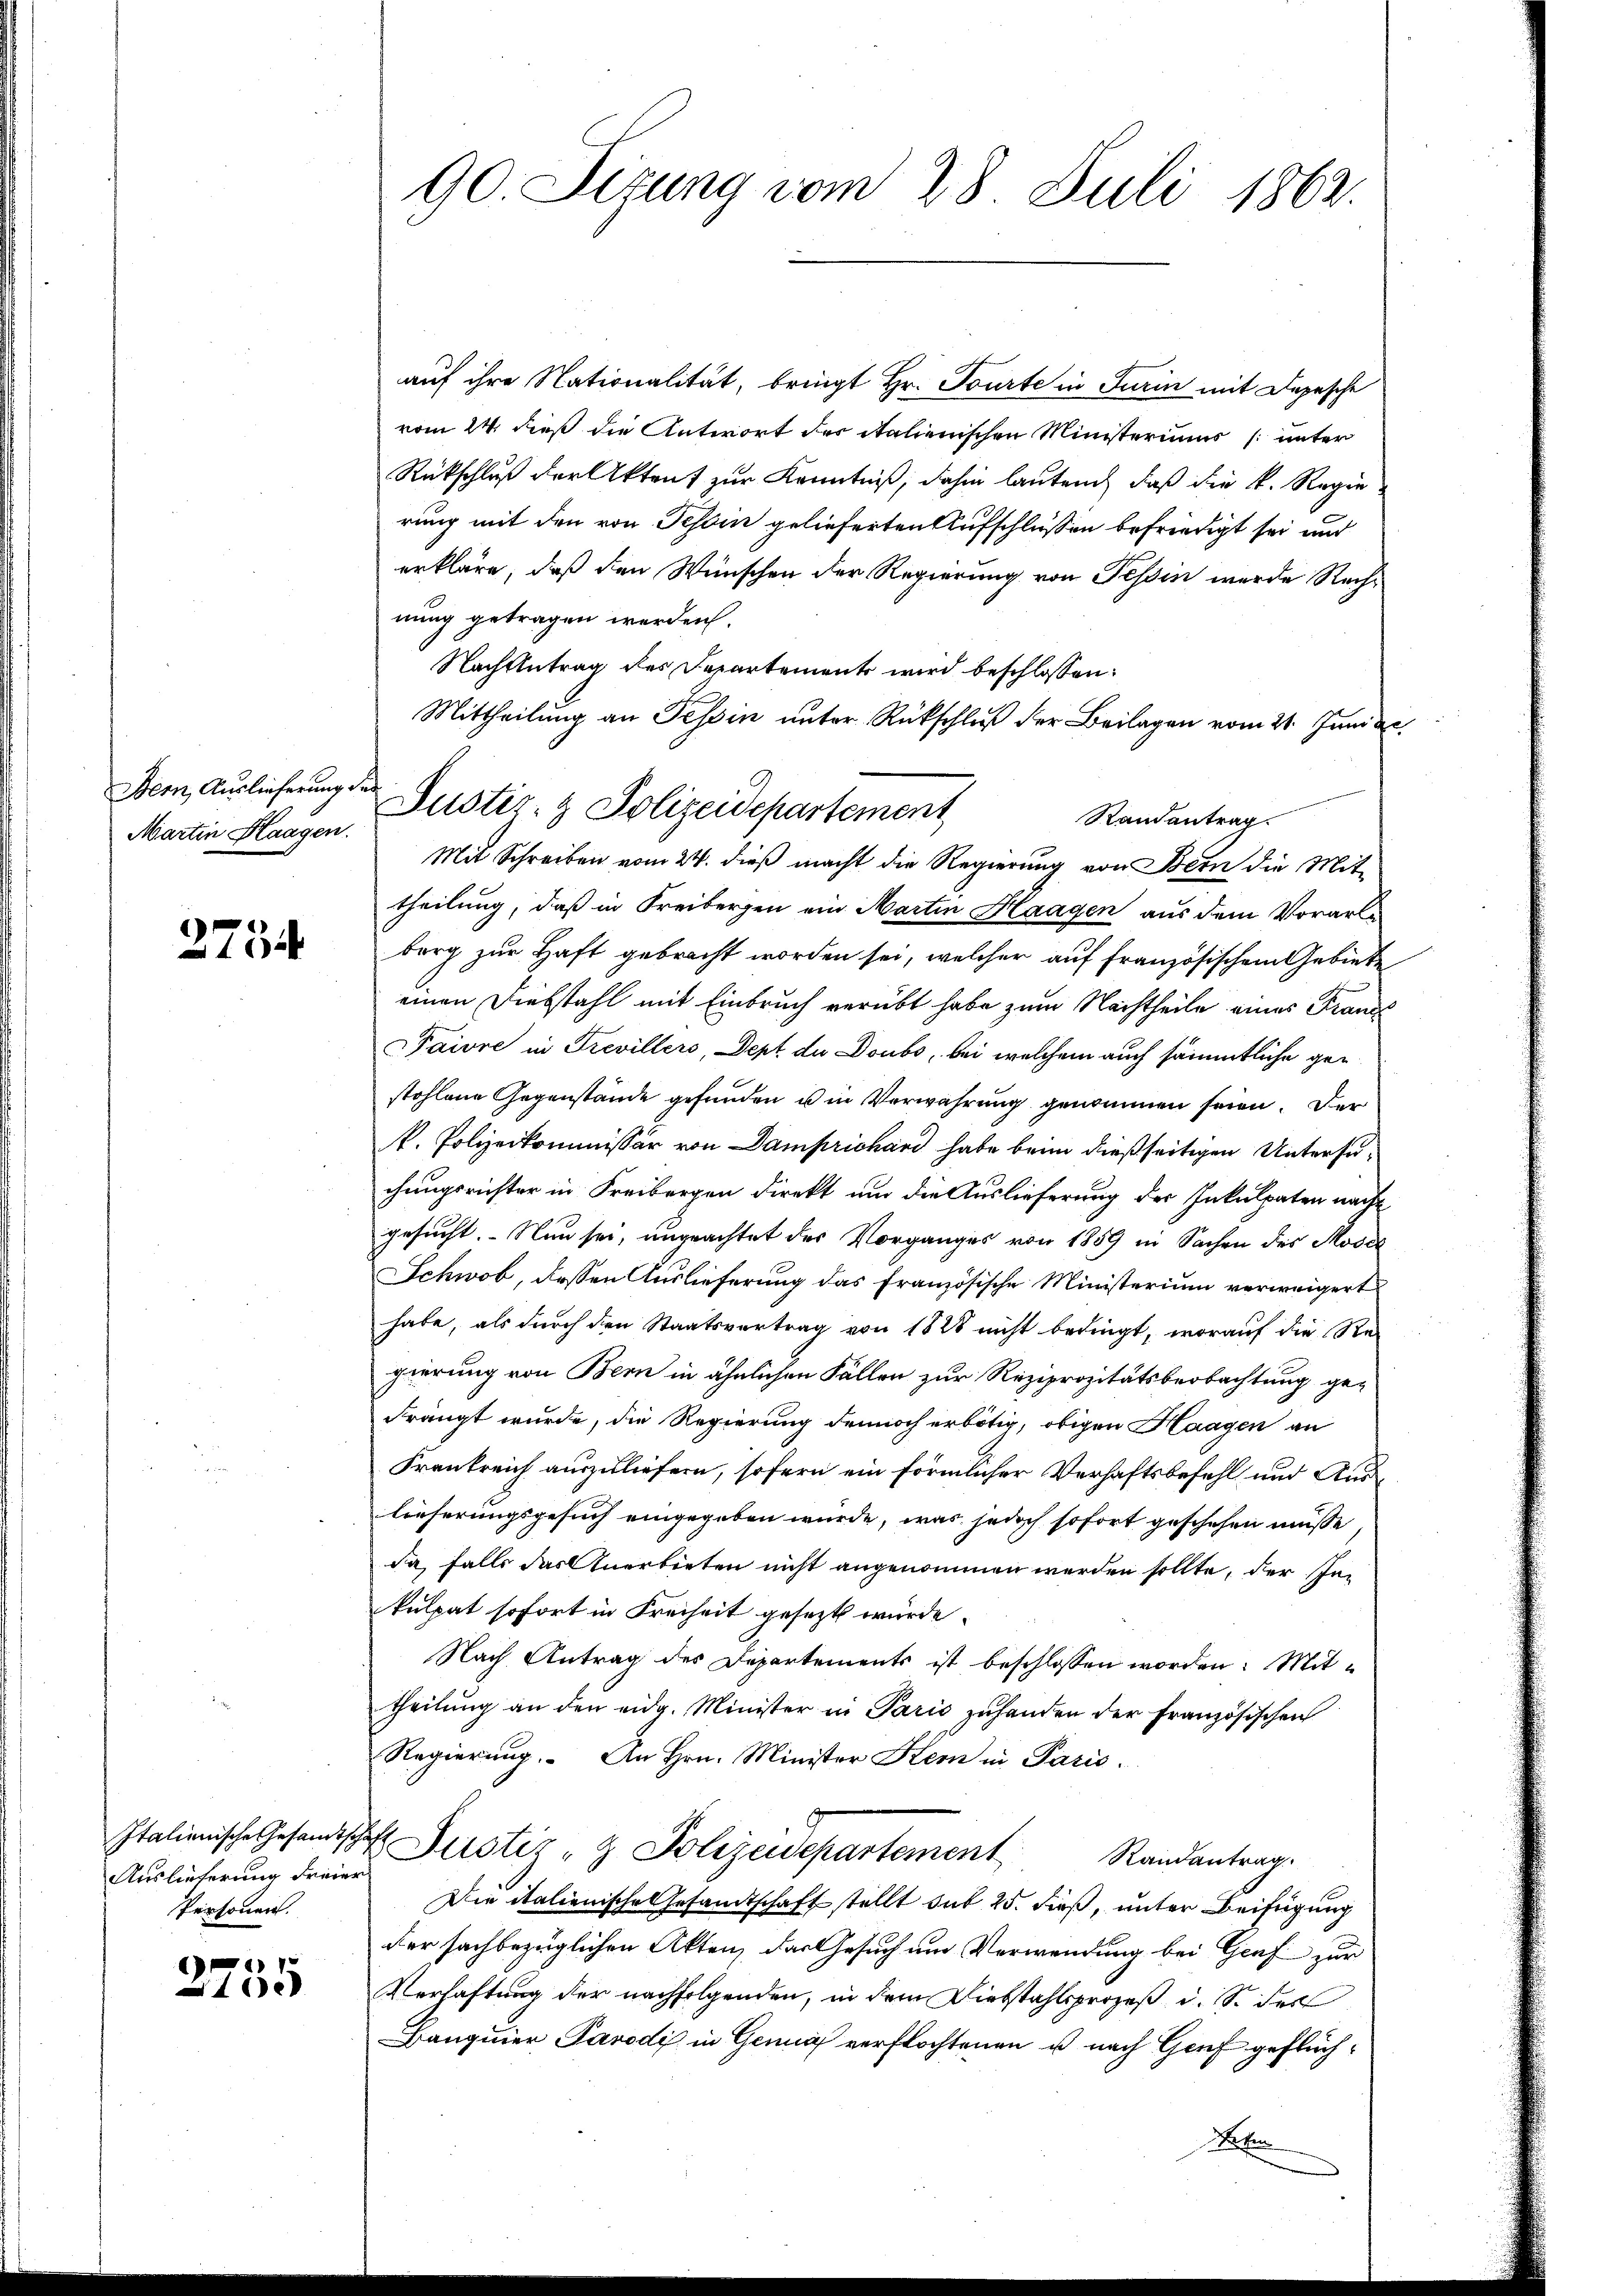
Bern, Auslieferung de
Martin Haagen.

2754

Italienische Gesandtsch
Auslieferung Freier
Personen.

¬
155

90 Sizung vom 28. Juli 1862.

auf ihre Nationalität, bringt Hr. Tourte in Turin mit Depesche
vom 24. dieß die Antwort des italienischen Ministeriums (unter
Rückschluß der Aktent zur Kenntniß, dahin lautend, daß die k. Regie
rung mit den von Tessin gelieferten Aufschlüssen befriedigt sei und
erkläre, daß den Wünschen der Regierung von Tessin werde Rechnung getragen werden.
Nachbetrag des Departement wird beschlossen:
Mittheilung an Tessin unter Rückschluß der Beilagen vom 21. Juni ge
Randantrag.
Mit Schreiben vom 24. dieß macht die Regierung von Bern die Mit-
theilung, daß in Freibergen ein Martin Haagen aus dem Vorarle
berg zur Haft gebracht worden sei, welcher auf französischem Gebiete
einen Diebstahl mit Einbruch verübt habe zum Nachtheile eines Franz
Paivre in Trevillers, Dept de Doubo, bei welchem auch sämmtliche gestohlene Gegenstände gefunden u in Verwahrung genommen seien. Der
k. Polizeikommissär von Damprichard habe beim dießseitigen Untersuchungsrichter in Freibergen direkt und die Auslieferung der Inkulpaten nach
gesucht. Nun sei, ungeachtet des Vorganges von 1859 in Sachen des Mose
Schwab, dessen Auslieferung das Französische Ministerium verweigert
habe, als durch den Staatsvertrag von 1828 nicht bedingt, worauf die Rei
gierung von Bern in ähnlichen Fällen zur Reziprozitätsbeobachtung ge-
Frängt wurde, die Regierung dennoch erbötig, obigen Haagen an
Frankreich auszuliefern, sofern ein förmlicher Verhaftsbefehl und Auslieferungsgesuch eingegeben würde, was jedoch sofort geschehen müsse
da falls das Anerbieten nicht angenommen werden sollte, der se
kulpat sofort in Freiheit gesezt würde.
Nach Antrag des Departements ist beschlossen worden: Mittheilŭng an den eidg. Minister in Paris zŭ handen der französischen
Regierŭng. An Hrn. Minister Kern in Paris.
Justiz- & Polizeidepartement Randantrag.
Die italienische Gesandtschaft stellt dit 25. dieß, unter Beifügung
der sachbezüglichen Akten, das Gesuch um Verwendung bei Graf zur
Verhaftung der nachfolgenden, in dem Diebstahlsprozeß d. S. der
Banquier Parodi in Genf verflochtenen u nach Genf geflüch¬
Wafen

Justiz- & Polizeidepartement